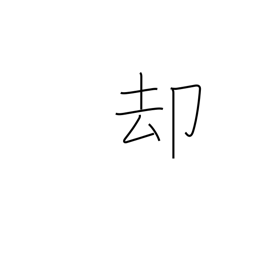
Meaning: withdraw